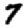
Digit: 7